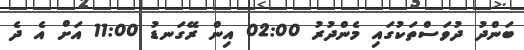
ބަންދު ދުވަސްތަކުގައި މެންދުރު 02:00 އިން ރޭގަނޑު 11:00 އަށް އެ ދެ